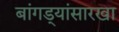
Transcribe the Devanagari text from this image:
बांगड्यांसारखा